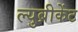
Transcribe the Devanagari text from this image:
ल्युब्रीकेंट